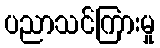
ပညာသင်ကြားမှု